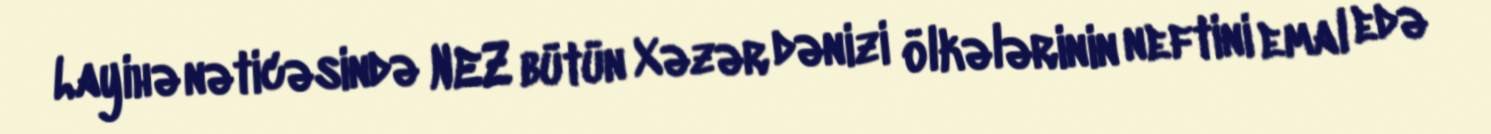
Layihə nəticəsində NEZ bütün Xəzər dənizi ölkələrinin neftini emal edə